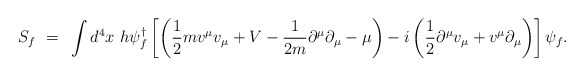
\begin{align*}S_f~=~ \int d^4 x~h \psi_f^{\dagger} \left[ \left( \frac{1}{2} mv^{\mu} v_{\mu}+ V - \frac{1}{2m} \partial^{\mu} \partial_{\mu} - \mu \right) - i \left(\frac{1}{2} \partial^{\mu} v_{\mu} + v^{\mu} \partial_{\mu} \right) \right]\psi_f .\end{align*}